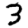
Digit: 3